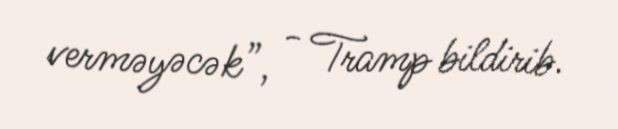
verməyəcək”, - Tramp bildirib.